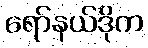
ရော်နယ်ဒိုက